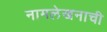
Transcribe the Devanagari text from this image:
नामलेखनाची